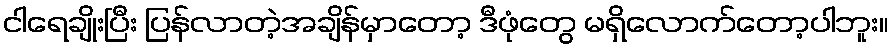
ငါရေချိုးပြီး ပြန်လာတဲ့အချိန်မှာတော့ ဒီဖုံတွေ မရှိလောက်တော့ပါဘူး။